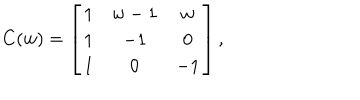
C ( w ) = \left[ \begin{matrix} { { 1 } } & { { w - 1 } } & { { w } } \\ { { 1 } } & { { - 1 } } & { { 0 } } \\ { { 1 } } & { { 0 } } & { { - 1 } } \\ \end{matrix} \right] ,